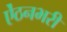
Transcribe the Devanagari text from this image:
ऐंठनभरी